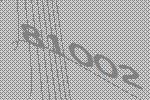
81002